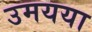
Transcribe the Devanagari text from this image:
उमयया